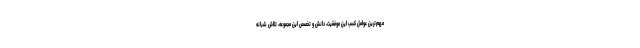
مهم‌ترین عوامل کسب این موفقیت، دانش و تخصص این مجموعه، تلاش شبانه